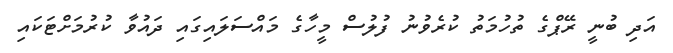
އަދި ބުނީ ރޭޕްގެ ތުހުމަތު ކުރެވުނު ފުލުސް މީހާގެ މައްސަލައިގައި ދައުވާ ކުރުމަށްޓަކައި